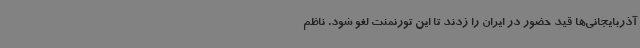
آذربایجانی‌ها قید حضور در ایران را زدند تا این تورنمنت لغو شود. ناظم